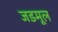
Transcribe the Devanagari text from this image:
जडमूल